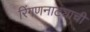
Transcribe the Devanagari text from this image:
रिंगणनाट्याची